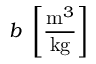
b ~ \left[ \frac { \mathrm { m } ^ { 3 } } { \mathrm { k g } } \right]